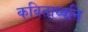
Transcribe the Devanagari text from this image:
कविताध्वनि